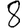
Digit: 8